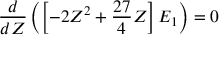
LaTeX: { \frac { d } { d Z } } \left( \left[ - 2 Z ^ { 2 } + { \frac { 2 7 } { 4 } } Z \right] E _ { 1 } \right) = 0